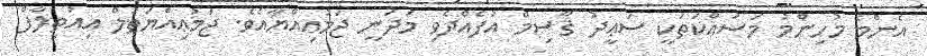
އެންމެ މުހިންމު މަސައްކަތަކީ ސަޢީދު ޤާސިމް އުފެއްދެވި މަދަނީ ޖަމުޢިއްޔާއެވެ. ޖަމުޢިއްޔަތުލް އިއުތިލާފް